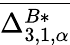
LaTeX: \overline{{\Delta_{3,1,\alpha}^{B*}}}